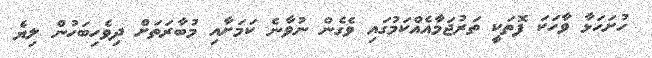
ހުށަހަޅާ ވާހަކަ ފޮތަކީ ތަރުޖަމާއެއްކަމުގައި ވެގެން ނުވާނެ ކަމަށާއި މުބާރަތަށް ދިވެހިބަހުން ލިޔެ